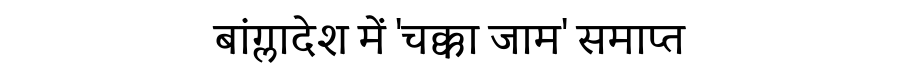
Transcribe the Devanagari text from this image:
बांग्लादेश में 'चक्का जाम' समाप्त